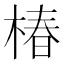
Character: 椿